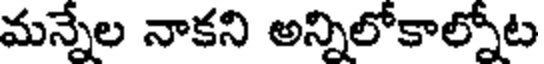
మన్నేల నాకని అన్నిలోకాల్నోట